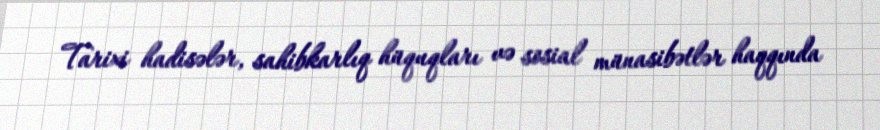
Tarixi hadisələr, sahibkarlıq hüquqları və sosial münasibətlər haqqında